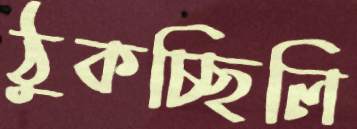
ঠুকচ্ছিলি